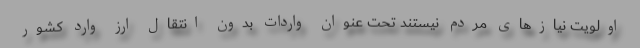
اولویت نیازهای مردم نیستند تحت عنوان واردات بدون انتقال ارز وارد کشور